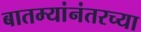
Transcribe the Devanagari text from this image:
बातम्यांनंतरच्या